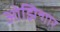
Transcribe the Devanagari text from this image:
ओझिन्गार